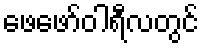
ဖေဖော်ဝါရီလတွင်